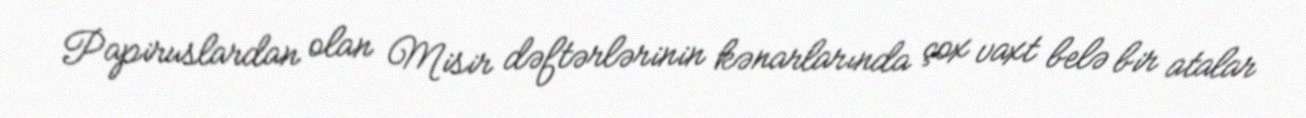
Papiruslardan olan Misir dəftərlərinin kənarlarında çox vaxt belə bir atalar